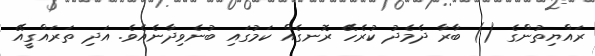
ރައްޔިތުންގެ () ބާރާ ދެމެދު ކުރެހޭ ރޮނގެއް ކަމުގައި ބުނެވިދާނެއެވެ. އަދި ތަރައްގީއޭ